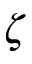
\zeta